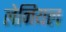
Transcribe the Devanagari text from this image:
लेनियल